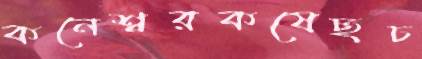
কনেশ্বরকষেছচ